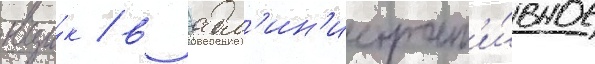
вци́к / в адм'ин'истрат'и́вное